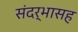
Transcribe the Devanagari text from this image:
संदर्भासह